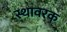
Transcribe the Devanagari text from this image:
स्थावरक